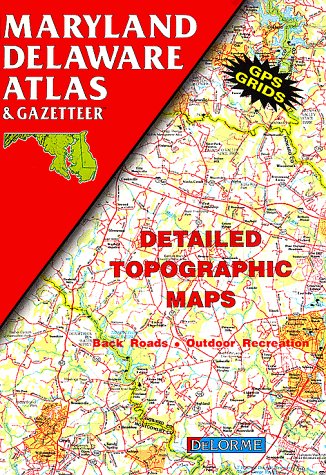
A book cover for Maryland Delaware Atlas & Gazetteer (State Atlas & Gazetteer); Delorme Publishing Company; Travel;